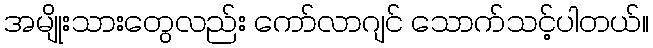
အမျိုးသားတွေလည်း ကော်လာဂျင် သောက်သင့်ပါတယ်။